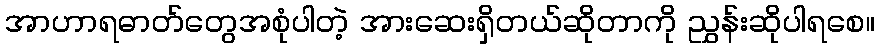
အာဟာရဓာတ်တွေအစုံပါတဲ့ အားဆေးရှိတယ်ဆိုတာကို ညွှန်းဆိုပါရစေ။